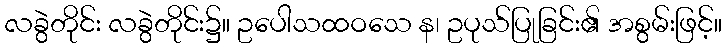
လခွဲတိုင်း လခွဲတိုင်း၌။ ဥပေါသထဝသေ န၊ ဥပုသ်ပြုခြင်း၏ အစွမ်းဖြင့်။